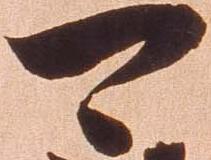
可